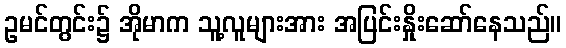
ဥမင်တွင်း၌ အိုမာက သူ့လူများအား အပြင်းနှိုးဆော်နေသည်။